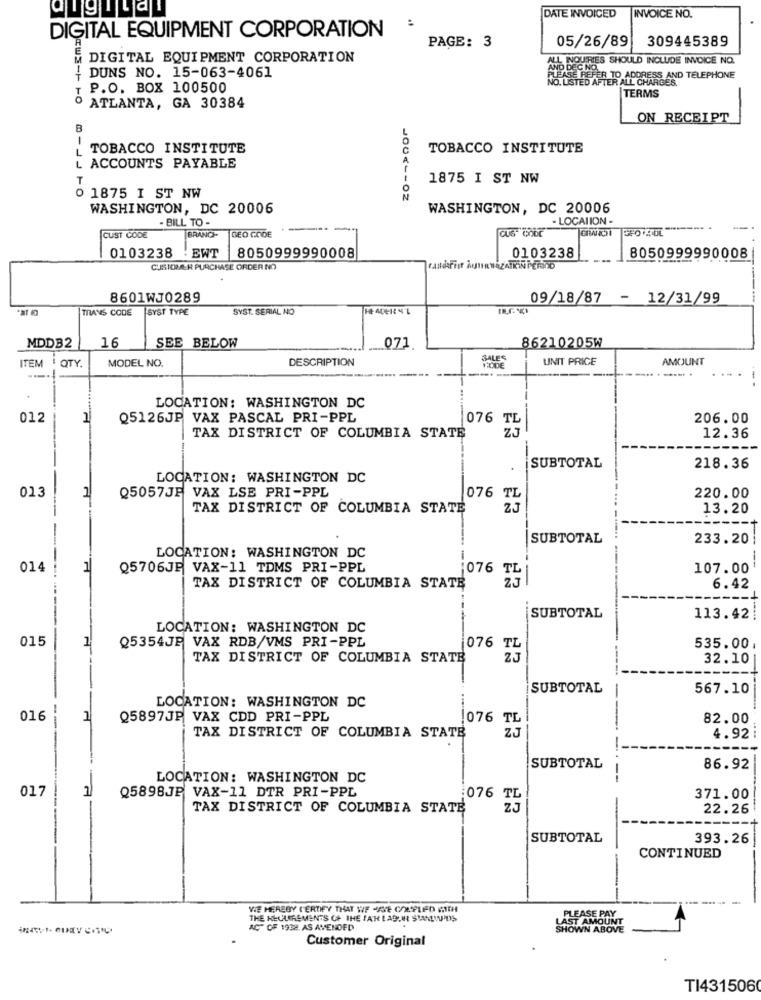
DATE INVOICED
INVOICE NO.
DIGITAL EQUIPMENT CORPORATION
05/26/89
309445389
PAGE: 3
DIGITAL EQUIPMENT CORPORATION
NOURIES SHOULD INCLUDE INVOICE NO.
{ DUNS NO. 15-063-4061
JO. LISTED AFTER ALL CHARGES.
REFER TO ADDRESS AND TELEPHONE
P.O. BOX 100500
TERMS
ATLANTA, GA 30384
ON RECEIPT
B
L TOBACCO INSTITUTE
TOBACCO INSTITUTE
L ACCOUNTS PAYABLE
T
1875 I ST NW
1875 I ST NW
WASHINGTON, DC 20006
WASHINGTON, DC 20006
- BILL TO -
- LOCATION -
GEO GODE
GPO STOL
------. .
CUST CODE
BRANCH-
EWT
0103238
8050999990008
0103238
8050999990008
CUSTOMER PURCHASE ORDER NO
8601WJ0289
09/18/87 - 12/31/99
MANS CODE
SYST TYPE
SYST. SERIAL NO
MDDB2
16
SEE BELOW
071
86210205W
ITEM QTY.
MODEL NO.
DESCRIPTION
UNIT PRICE
AMOUNT
--
-.
LOCATION: WASHINGTON DC
012
Q5126JP VAX PASCAL PRI-PPL
076 TL
206.00
TAX DISTRICT OF COLUMBIA STATE
12.36
SUBTOTAL
218.36
LOCATION: WASHINGTON DC
013
1
Q5057JF VAX LSE PRI-PPL
076 TL
220.00
TAX DISTRICT OF COLUMBIA STATE
25
13.20
SUBTOTAL
233.20
LOCATION: WASHINGTON DC
--
014
1
Q5706JE VAX-11 TDMS PRI-PPL
1076
107.00
TL
TAX DISTRICT OF COLUMBIA STATE
6.42
SUBTOTAL
113.42
LOCATION: WASHINGTON DC
015
1
Q5354JE VAX RDB/VMS PRI-PPL
535.00
TAX DISTRICT OF COLUMBIA STATE
076 TE
32.10
SUBTOTAL
567.10
LOCATION: WASHINGTON DC
016
1
Q5897JP VAX CDD PRI-PPL
1076 7
82.00
TAX DISTRICT OF COLUMBIA STATE
ER
4.92:
SUBTOTAL
86.92
LOCATION: WASHINGTON DC
017
Q5898JP VAX-11 DTR PRI-PPL
:076 TL
371.00
TAX DISTRICT OF COLUMBIA STATE
25
22.26
SUBTOTAL
393.26
CONTINUED
--
WIE HEREBY CERTIFY THAT WE HAVE COUPLED WITH
PLEASE PAY
THE KEULERSMENTS OF THE !AH LADUN STANWIDS
LAST AMOUNT
ACT OF 1938. AS AMENDED
SHOWN ABOVE
Customer Original
TI431506